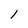
Character: l